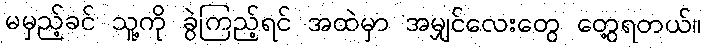
မမှည့်ခင် သူ့ကို ခွဲကြည့်ရင် အထဲမှာ အမျှင်လေးတွေ တွေ့ရတယ်။